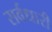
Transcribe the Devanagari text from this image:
सर्वधारी